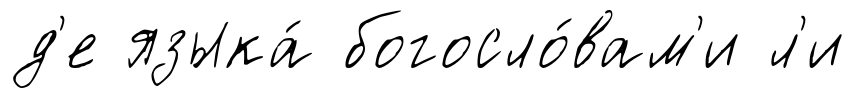
д'е языка́ богосло́вам'и л'и